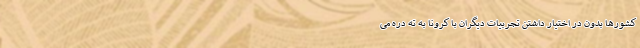
کشورها بدون در اختیار داشتن تجربیات دیگران با کرونا به ته دره می‌